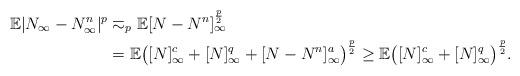
LaTeX: \begin{align*} \mathbb E |N_{\infty}-N^n_{\infty}|^p & \eqsim_{p} \mathbb E [N-N^n]_{\infty}^{\frac p2} \\ &=\mathbb E \bigl([N]^c_{\infty} + [N]^q_{\infty} + [N-N^n]^a_{\infty}\bigr)^{\frac{p}{2}} \geq \mathbb E \bigl([N]^c_{\infty} + [N]^q_{\infty}\bigr)^{\frac{p}{2}}. \end{align*}